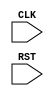
module seq_test (
    input CLK, RST
);
    integer arb_seq_count = 0;
    integer clk3_count = 0;
    reg [4:0] update_sequence;
    reg first = 0;
    
    always @(posedge CLK) begin

        if (RST) begin
            clk3_count <= 0;
            arb_seq_count <= 0;
            update_sequence <= 5'b00000;
            first <= 1;
        end

        else if (first) begin
            clk3_count <= 0;
            arb_seq_count <= 0;
            update_sequence <= 5'b00001;
            first <= 0;
        end

        else if(arb_seq_count == 0) begin
            if(clk3_count == 1) begin
                update_sequence <= 5'b00000;
                clk3_count <= clk3_count + 1;
            end 
            else if (clk3_count == 2) begin
                update_sequence <= 5'b00010;
                arb_seq_count <= 1;
                clk3_count <= 0;
            end else begin
                update_sequence <= 5'b00001;
                clk3_count <= clk3_count + 1;
            end
        end

        else if (arb_seq_count == 1) begin
            if(clk3_count == 1) begin
                update_sequence <= 5'b00000;
                clk3_count <= clk3_count + 1;
            end 
            else if (clk3_count == 2) begin
                update_sequence <= 5'b00100;
                arb_seq_count <= 2;
                clk3_count <= 0;
            end else begin
                update_sequence <= 5'b00010;
                clk3_count <= clk3_count + 1;
            end
        end

        else if (arb_seq_count == 2) begin
            if(clk3_count == 1) begin
                update_sequence <= 5'b00000;
                clk3_count <= clk3_count + 1;
            end 
            else if (clk3_count == 2) begin
                update_sequence <= 5'b01000;
                arb_seq_count <= 3;
                clk3_count <= 0;
            end else begin
                update_sequence <= 5'b00100;
                clk3_count <= clk3_count + 1;
            end
        end

        else if (arb_seq_count == 3) begin
            if(clk3_count == 1) begin
                update_sequence <= 5'b00000;
                clk3_count <= clk3_count + 1;
            end 
            else if (clk3_count == 2) begin
                update_sequence <= 5'b10000;
                arb_seq_count <= 4;
                clk3_count <= 0;
            end else begin
                update_sequence <= 5'b01000;
                clk3_count <= clk3_count + 1;
            end
        end

        else if (arb_seq_count == 4) begin
            if(clk3_count == 1) begin
                update_sequence <= 5'b00000;
                clk3_count <= clk3_count + 1;
            end 
            else if (clk3_count == 2) begin
                update_sequence <= 5'b00001;
                arb_seq_count <= 0;
                clk3_count <= 0;
            end else begin
                update_sequence <= 5'b10000;
                clk3_count <= clk3_count + 1;
            end
        end

        else begin
            update_sequence <= 5'b00000;
            arb_seq_count <= 0;
            clk3_count <= 0;
        end
    end
endmodule